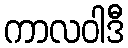
ကာလဝါဒီ